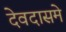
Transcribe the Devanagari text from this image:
देवदासमे